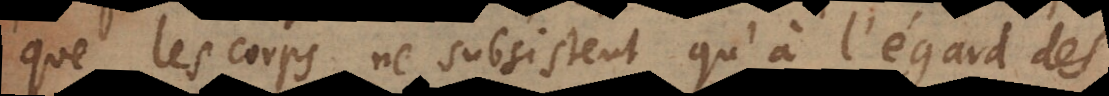
que les corps ne subsistent qu’à l’égard de